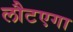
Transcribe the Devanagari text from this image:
लौटएगा